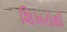
શિખરોથી